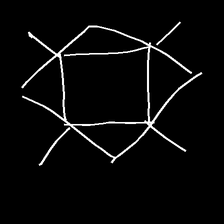
Glyph: light